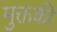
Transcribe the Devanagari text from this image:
मुक्तकी